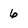
Character: 6